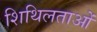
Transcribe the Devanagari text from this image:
शिथिलताओं